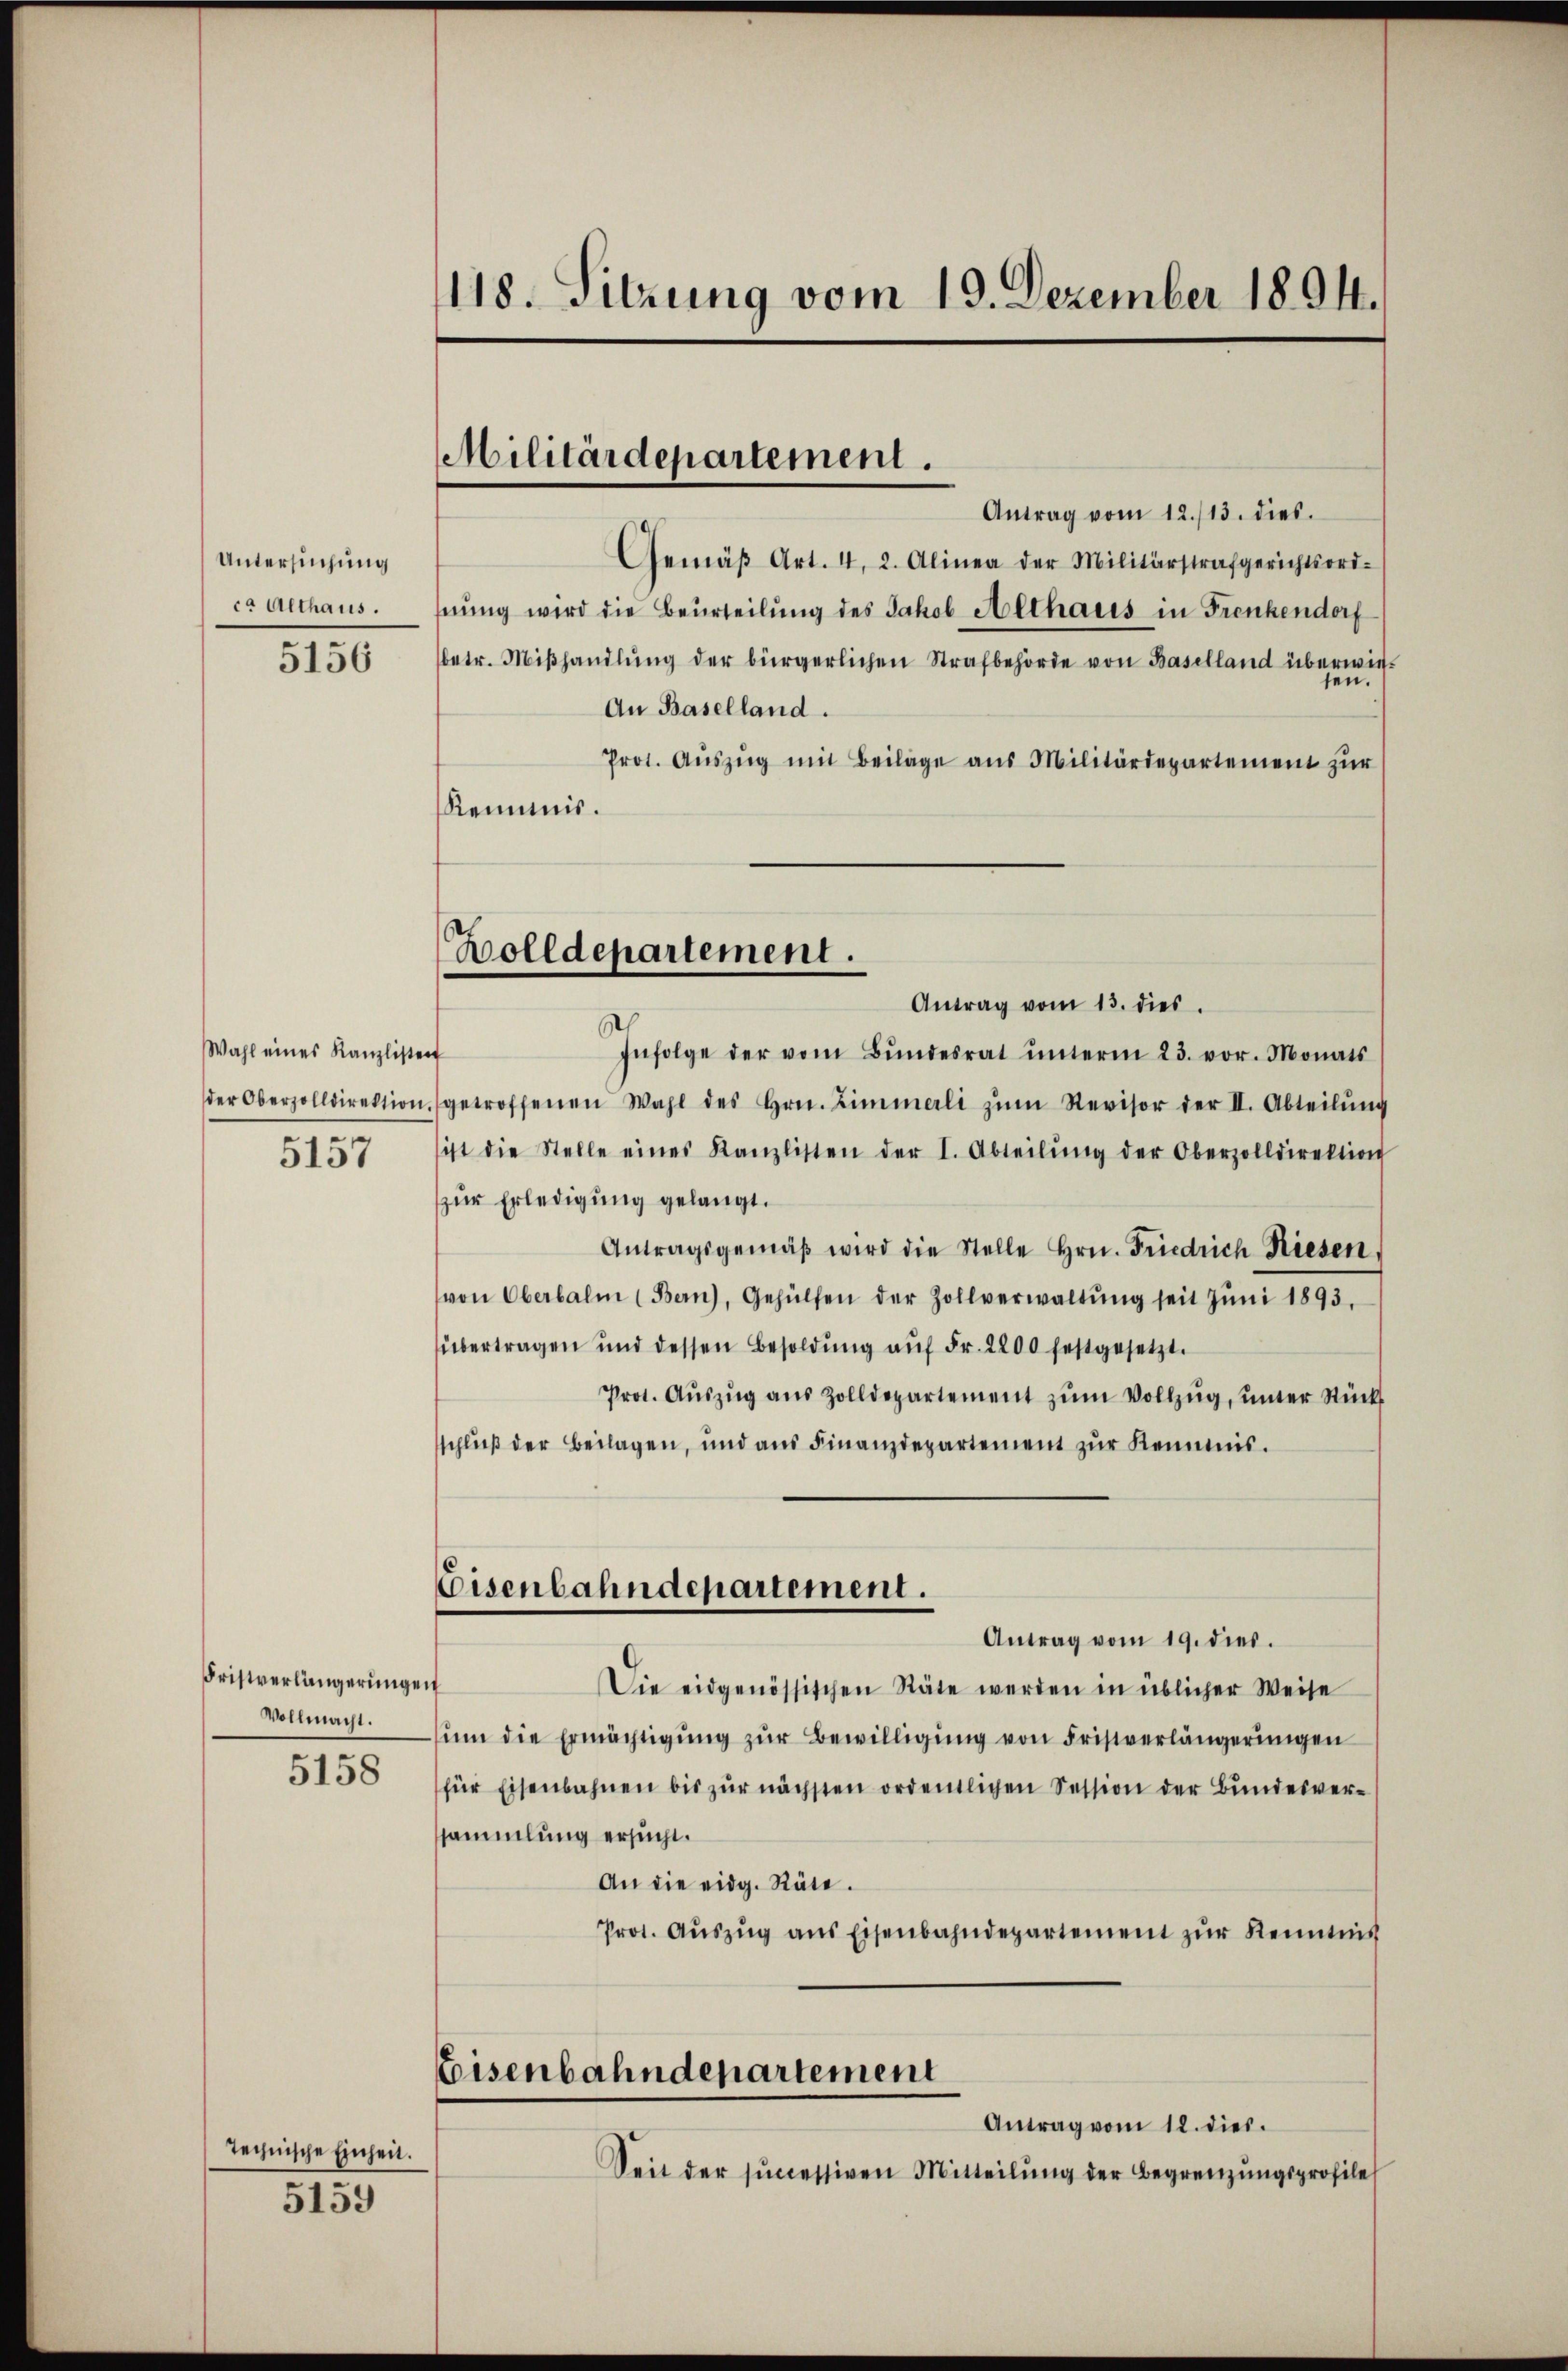
Untersuchung
ca Althaus.

5156

Wahl eines Kanzlisten
der Oberzolldirektion,
5157

Fristverlängerunge
Vollmacht.
5158

Technische Einheit.

5159

118. Sitzung vom 19. Dezember 1894.

Militärdepartement.

Bolldepartement.

Antrag vom 12./13. dies
Gemäβ Art. 4, 2. Alinea der Militärstrafgerichtsord-
hnung wird die Beurteilung des Jakob Althaus in Frenkendorf
betr. Miβhandlŭng der bürgerlichen Strafbehörde von Baselland überwie
An Baselland.
Prot. Aŭszŭg mit Beilage aus Militärdepartement zŭr
Reimis.
Antrag vom 13. dies
Infolge der vom Bŭndesrat ŭnterm 23. vor. Monats
f
getroffenen Wahl des Hrn. Zimmerli zŭm Revisor der II. Abteilŭng
ist die Stelle eines Kanzlisten der I. Abteilŭng der Oberzolldirektion
zur Erledigung gelangt.
Antragsgemäβ wird die Stelle Hrn. Friedrich Riesen
von Oberbalm (Bern), Gehülfen der Zollverwaltŭng seit Jŭni 1893.
übertragen und dessen Besoldŭng aŭf Fr. 2200 festgesetzt.
Prot. Aŭszŭg aŭs Zolldepartement zŭm Vollzŭg, ŭnter Rück
schließ der Beilagen, und aŭs Finanzdepartement zŭr Keimis.
Eisenbahndepartement.
Antrag vom 19. dies.
f
Die eidgenössischen Räte werden in üblicher Weise
ŭm die Ermächtigŭng zŭr Bewilligŭng von Fristverlängerŭngen
für Eisenbahnen bis zŭr nächsten ordentlichen Session der Bŭndesver-
sammlung ersucht.
An die eidg. Räte.
Prot. Aŭszŭg ans Eisenbahndepartement zŭr Kenntnis
Eisenbahndepartement
Antrag vom 12. dies.
Seit der successiven Mitteilŭng der Begrenzungsprofile